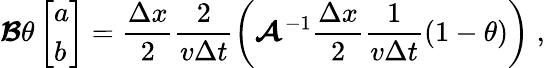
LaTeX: \boldsymbol{\mathcal{B}}\theta\left[\begin{array}{l}{a}\\ {b}\end{array}\right]=\frac{\Delta x}{2}\frac{2}{v\Delta t}\left(\boldsymbol{\mathcal{A}}^{-1}\frac{\Delta x}{2}\frac{1}{v\Delta t}(1-\theta)\right)\; ,